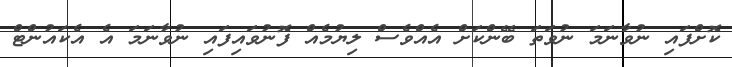
ކޮށްފައި ނުވާނަމަ ނުވަތަ ބޭންކަށް އެއްވެސް ލިޔުމެއް ފޮނުވައިފައި ނުވާނަމަ އެ އެކައުންޓް